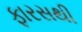
ફારસથી